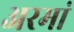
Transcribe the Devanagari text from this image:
अरमां